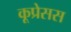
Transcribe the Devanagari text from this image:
कूप्रेसस